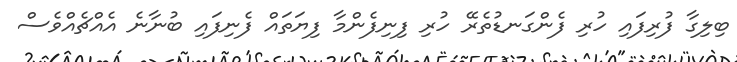
ބިލިގާ ފުރިފައި ހުރި ފެންގަނޑުތެރޭ ހުރި ފިނިފެންމާ ފިޔަތައް ފެނިފައި ބުނާނެ އެއްޗެއްވެސް